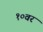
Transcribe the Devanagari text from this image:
१०वर